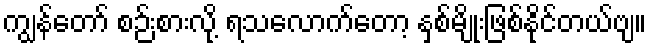
ကျွန်တော် စဉ်းစားလို့ ရသလောက်တော့ နှစ်မျိုးဖြစ်နိုင်တယ်ဗျ။